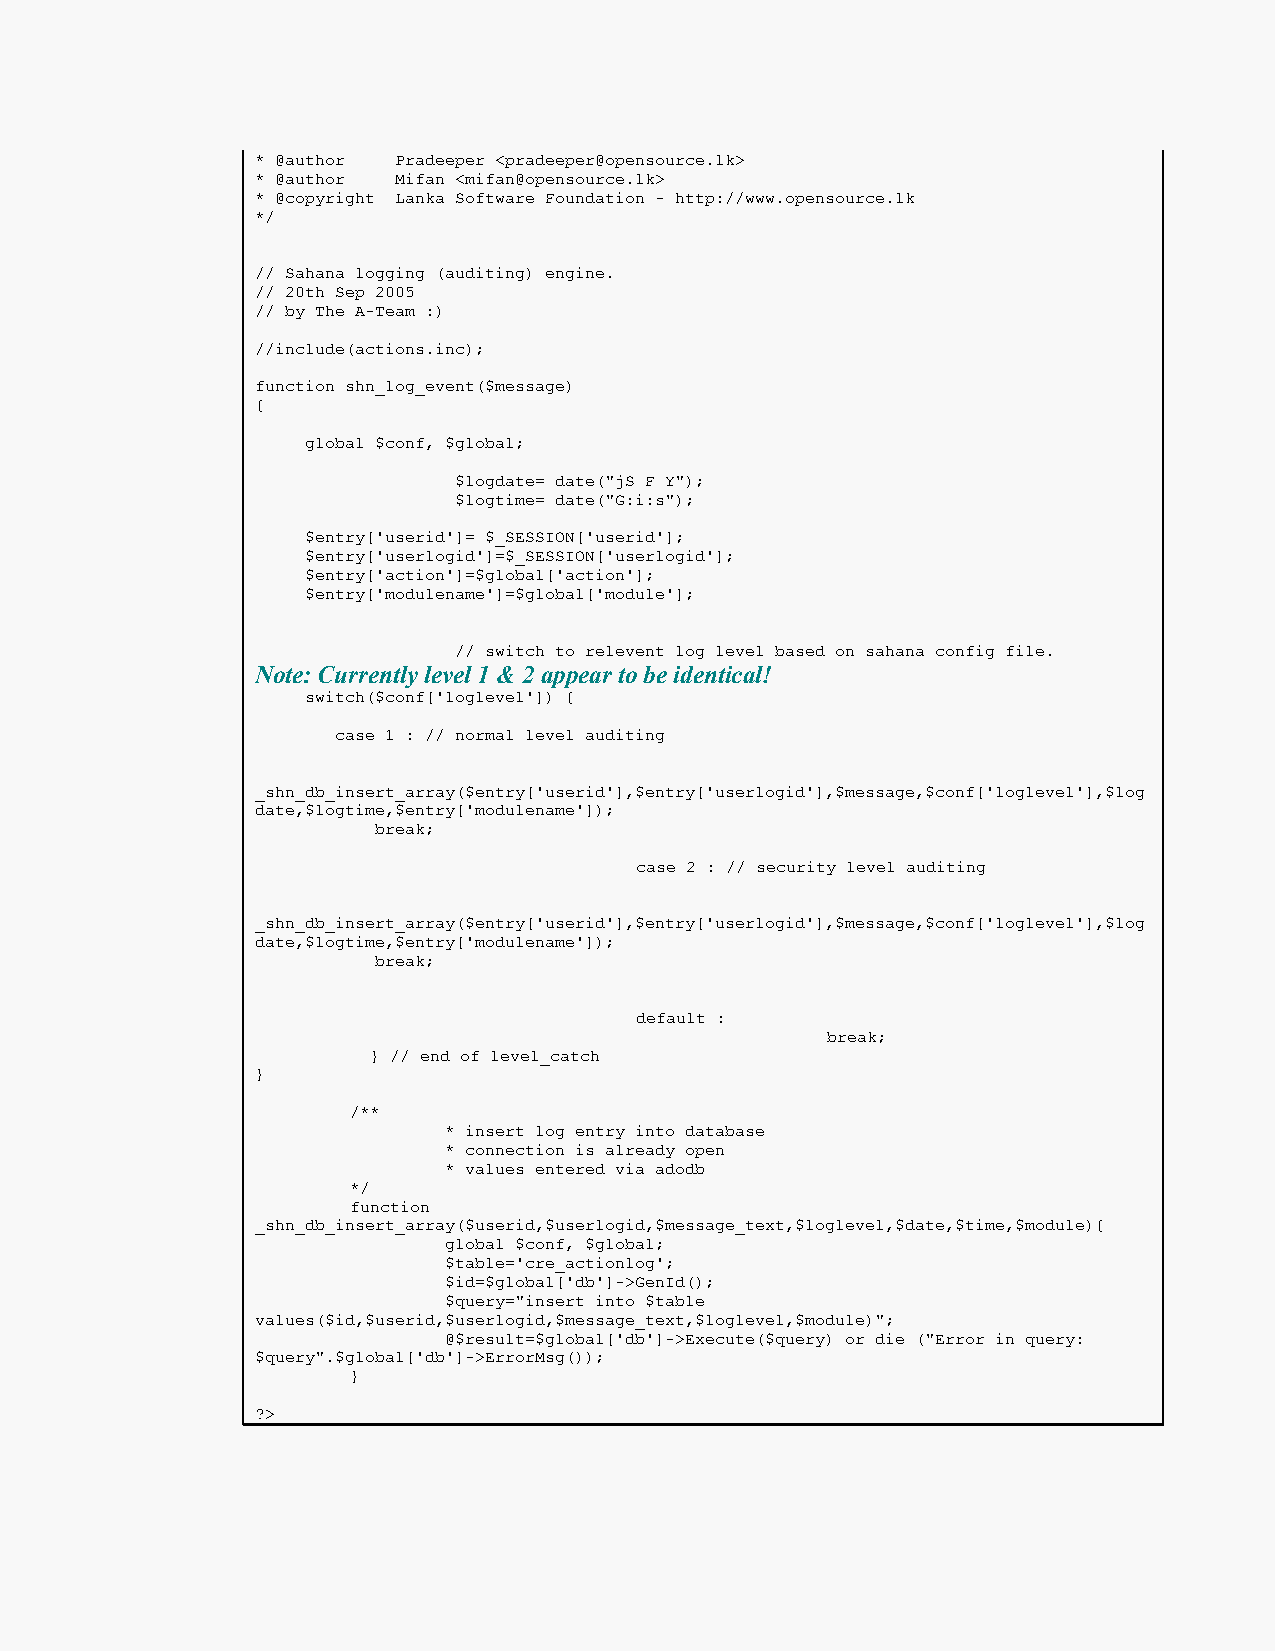
* @author Pradeeper <pradeeper@opensource.lk>
 * @author Mifan <mifan@opensource.lk>
 * @copyright Lanka Software Foundation - http://www.opensource.lk
 */
 // Sahana logging (auditing) engine.
 // 20th Sep 2005
 // by The A-Team :)
 //include(actions.inc);
 function shn_log_event($message)
 {
 global $conf, $global;
 $logdate= date("jS F Y");
 $logtime= date("G:i:s");
 $entry['userid']= $_SESSION['userid'];
 $entry['userlogid']=$_SESSION['userlogid'];
 $entry['action']=$global['action'];
 $entry['modulename']=$global['module'];
 // switch to relevent log level based on sahana config file.
 Note: Currently level 1 & 2 appear to be identical!
 switch($conf['loglevel']) {
 case 1 : // normal level auditing
 _shn_db_insert_array($entry['userid'],$entry['userlogid'],$message,$conf['loglevel'],$log
 date,$logtime,$entry['modulename']);
 break;
 case 2 : // security level auditing
 _shn_db_insert_array($entry['userid'],$entry['userlogid'],$message,$conf['loglevel'],$log
 date,$logtime,$entry['modulename']);
 break;
 default :
 break;
 } // end of level_catch
 }
 /**
 * insert log entry into database
 * connection is already open
 * values entered via adodb
 */
 function
 _shn_db_insert_array($userid,$userlogid,$message_text,$loglevel,$date,$time,$module){
 global $conf, $global;
 $table='cre_actionlog';
 $id=$global['db']->GenId();
 $query="insert into $table
 values($id,$userid,$userlogid,$message_text,$loglevel,$module)";
 @$result=$global['db']->Execute($query) or die ("Error in query:
 $query".$global['db']->ErrorMsg());
 }
 ?>